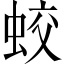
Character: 蛟